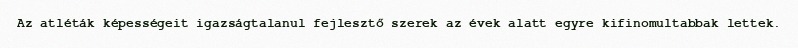
Az atléták képességeit igazságtalanul fejlesztő szerek az évek alatt egyre kifinomultabbak lettek.